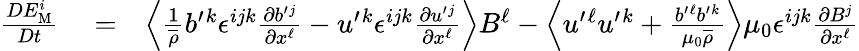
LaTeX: \begin{array}{rlr}{\frac{DE_{\mathrm{{M}}}^{i}}{Dt}}&{{}=}&{\left\langle{\frac{1}{\overline{{\rho}}}b^{\prime}{}^{k}\epsilon^{ijk}\frac{\partial b^{\prime}{}^{j}}{\partial x^{\ell}}-u^{\prime}{}^{k}\epsilon^{ijk}\frac{\partial u^{\prime}{}^{j}}{\partial x^{\ell}}}\right\rangle B^{\ell}-\left\langle{u^{\prime}{}^{\ell}u^{\prime}{}^{k}+\frac{b^{\prime}{}^{\ell}b^{\prime}{}^{k}}{\mu_{0}\overline{{\rho}}}}\right\rangle\mu_{0}\epsilon^{ijk}\frac{\partial B^{j}}{\partial x^{\ell}}}\end{array}